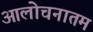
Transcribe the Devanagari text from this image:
आलोचनातम